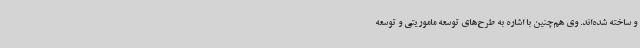
و ساخته شده‌اند. وی هم‌چنین با اشاره به طرح‌های توسعه ماموریتی و توسعه